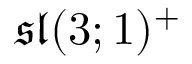
{ \mathfrak { s l } } ( 3 ; 1 ) ^ { + }